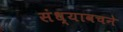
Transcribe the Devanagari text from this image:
संध्यावचने